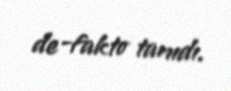
de-fakto tanıdı.